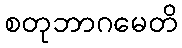
စတုဘာဂမေတိ